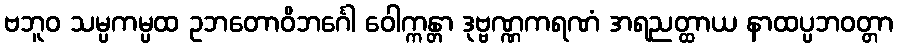
ဗဘူဝ သမ္ပကမ္ပထ ဥဘတောဝိဘင်္ဂေါ ဝေါက္ကန္တာ ဒုဗ္ဗဏ္ဏကရဏံ အရညတ္ထာယ နာထပ္ပဘဝတ္တာ